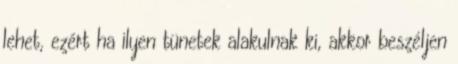
lehet, ezért ha ilyen tünetek alakulnak ki, akkor beszéljen